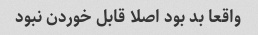
واقعا بد بود اصلا قابل خوردن نبود